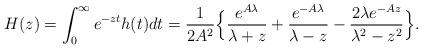
LaTeX: \begin{align*}H(z) = \int_0^{\infty} e^{-zt} h(t)dt = \frac{1}{2A^2} \Big\{ \frac{e^{A\lambda}}{\lambda+z} + \frac{e^{-A\lambda}}{\lambda-z} - \frac{2\lambda e^{-Az}}{\lambda^2-z^2} \Big\}.\end{align*}